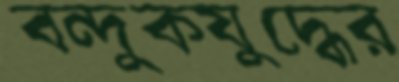
বন্দুকযুদ্ধের